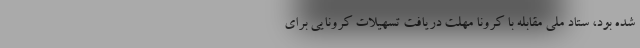
شده بود، ستاد ملی مقابله با کرونا مهلت دریافت تسهیلات کرونایی برای